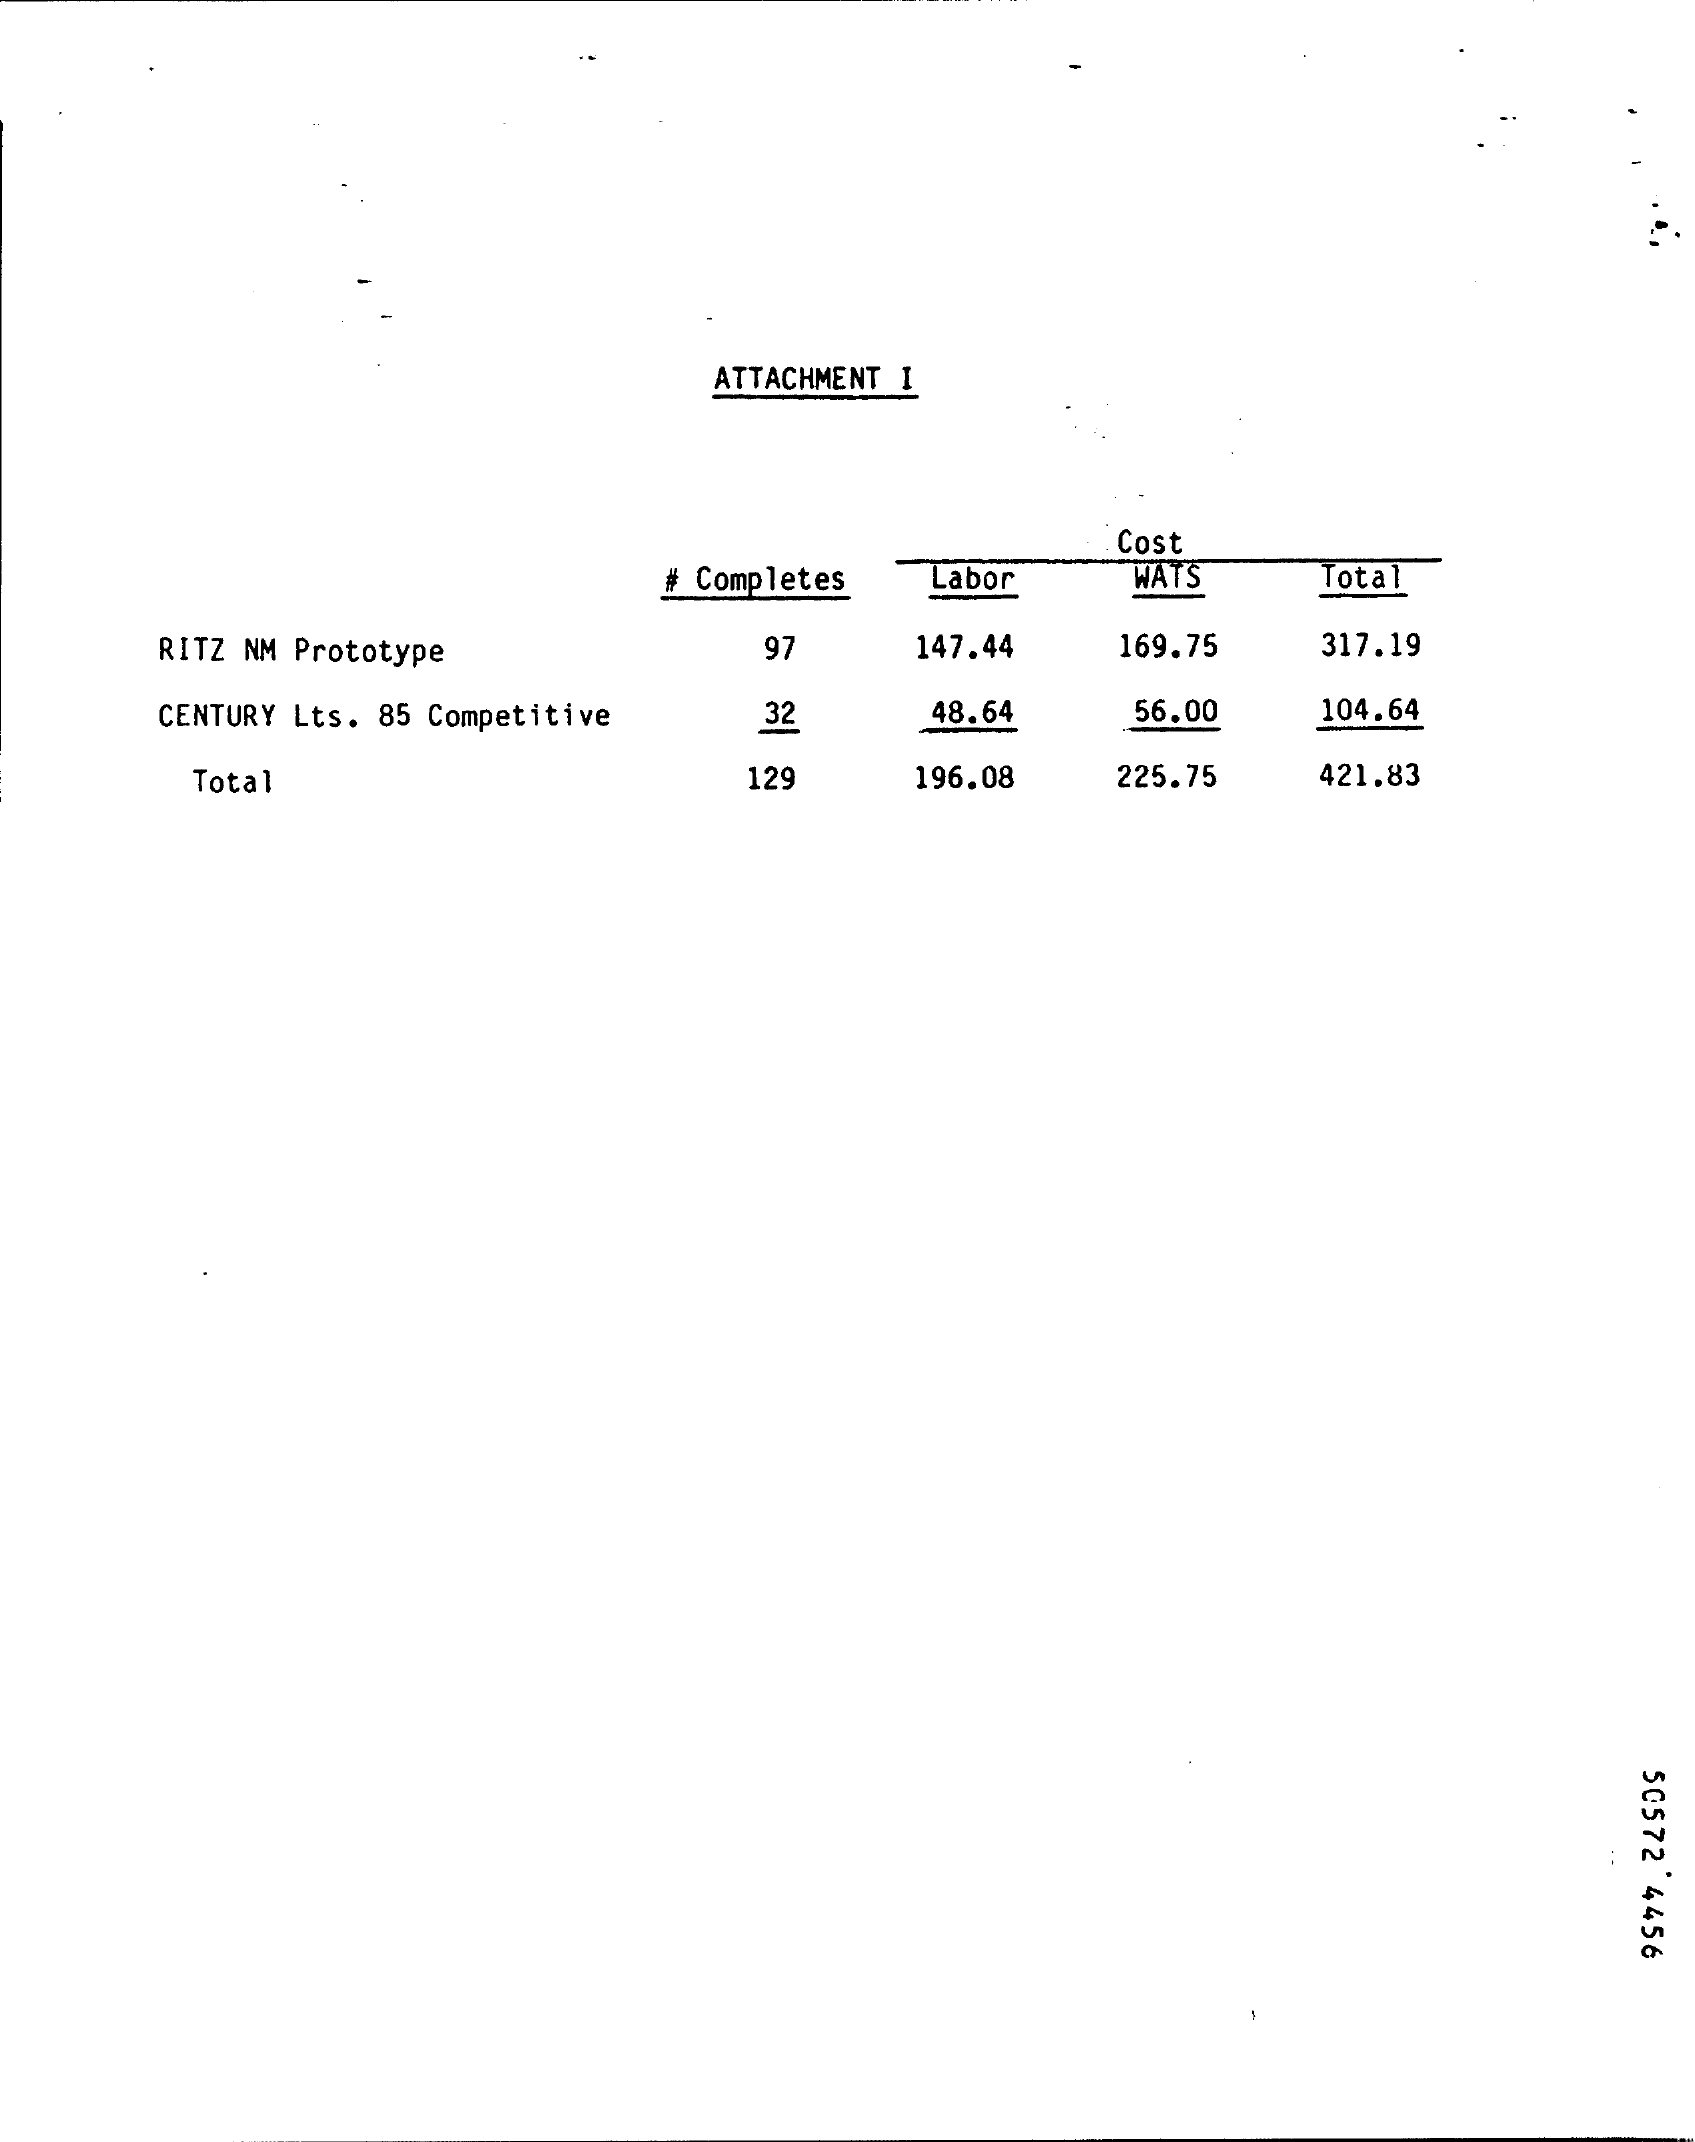
ATTACHMENT I
     Cost
     # Completes Labor WATS Total
     RITZ NM Prototype   97   147.44 169.75 317.19
     CENTURY Lts. 85 Competitive 32 48.64 56.00 104.64
     Total    129   196.08 225.75 421.83
     50572'4456